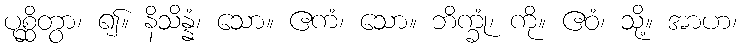
ပုစ္ဆိတွာ၊ ၍။ နိသိန္နံ၊ သော။ ဧကံ၊ သော။ ဘိက္ခုံ၊ ကို။ ဧဝံ၊ သို့။ အာဟ၊